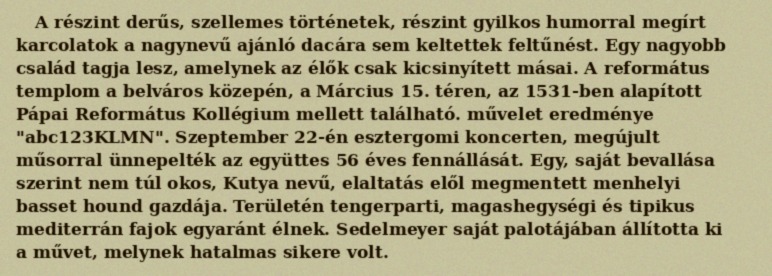
A részint derűs, szellemes történetek, részint gyilkos humorral megírt karcolatok a nagynevű ajánló dacára sem keltettek feltűnést. Egy nagyobb család tagja lesz, amelynek az élők csak kicsinyített másai. A református templom a belváros közepén, a Március 15. téren, az 1531-ben alapított Pápai Református Kollégium mellett található. művelet eredménye "abc123KLMN". Szeptember 22-én esztergomi koncerten, megújult műsorral ünnepelték az együttes 56 éves fennállását. Egy, saját bevallása szerint nem túl okos, Kutya nevű, elaltatás elől megmentett menhelyi basset hound gazdája. Területén tengerparti, magashegységi és tipikus mediterrán fajok egyaránt élnek. Sedelmeyer saját palotájában állította ki a művet, melynek hatalmas sikere volt.